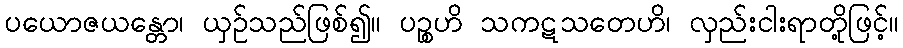
ပယောဇယန္တော၊ ယှဉ်သည်ဖြစ်၍။ ပဉ္စဟိ သကဋသတေဟိ၊ လှည်းငါးရာတို့ဖြင့်။